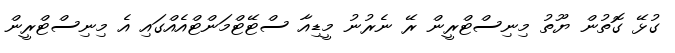
ގުޅޭ ގޮތުން ޔޫތު މިނިސްޓްރީން ރޭ ނެރުނު މީޑިއާ ސްޓޭޓްމަންޓްއެއްގައި އެ މިނިސްޓްރީން